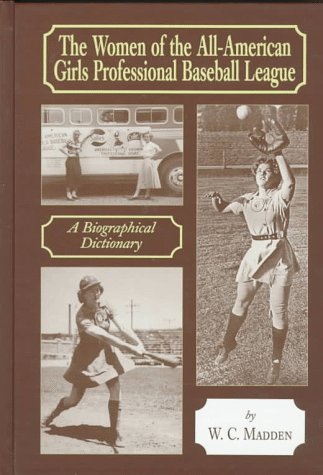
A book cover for The Women of the All-American Girls Professional Baseball League: A Biographical Dictionary; W. C. Madden; Politics & Social Sciences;